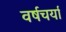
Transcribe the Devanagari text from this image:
वर्षचर्या